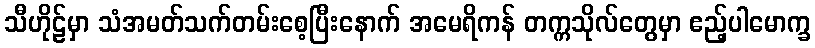
သီဟိုဠ်မှာ သံအမတ်သက်တမ်းစေ့ပြီးနောက် အမေရိကန် တက္ကသိုလ်တွေမှာ ဧည့်ပါမောက္ခ